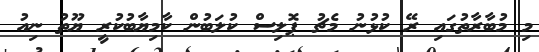
މި މުބާރާތުގައި ރޭ ކުޅުނު މެޗު ޕޮލިސް ކުލަބުން ކާމިޔާބުކުރީ ޔޫތު ނިއު